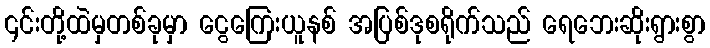
၎င်းတို့ထဲမှတစ်ခုမှာ ငွေကြေးယူနစ် အပြစ်ဒုစရိုက်သည် ရေဘေးဆိုးရွားစွာ